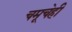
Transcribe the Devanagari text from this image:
चमूचेही